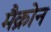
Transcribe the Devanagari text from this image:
मैक्रोन